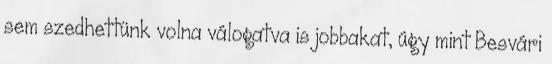
sem szedhettünk volna válogatva is jobbakat, úgy mint Besvári